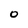
Character: 0